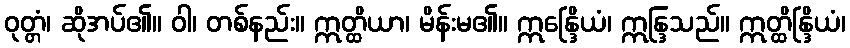
ဝုတ္တံ၊ ဆိုအပ်၏။ ဝါ၊ တစ်နည်း။ ဣတ္ထိယာ၊ မိန်းမ၏။ ဣန္ဒြေိယံ၊ ဣန္ဒြသည်။ ဣတ္ထိန္ဒြိယံ၊